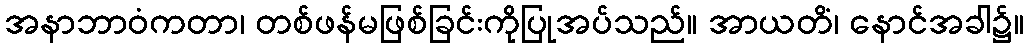
အနာဘာဝံကတာ၊ တစ်ဖန်မဖြစ်ခြင်းကိုပြုအပ်သည်။ အာယတိံ၊ နောင်အခါ၌။